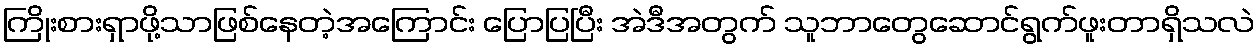
ကြိုးစားရှာဖို့သာဖြစ်နေတဲ့အကြောင်း ပြောပြပြီး အဲဒီအတွက် သူဘာတွေဆောင်ရွက်ဖူးတာရှိသလဲ